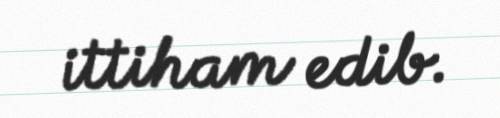
ittiham edib.